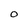
Character: O